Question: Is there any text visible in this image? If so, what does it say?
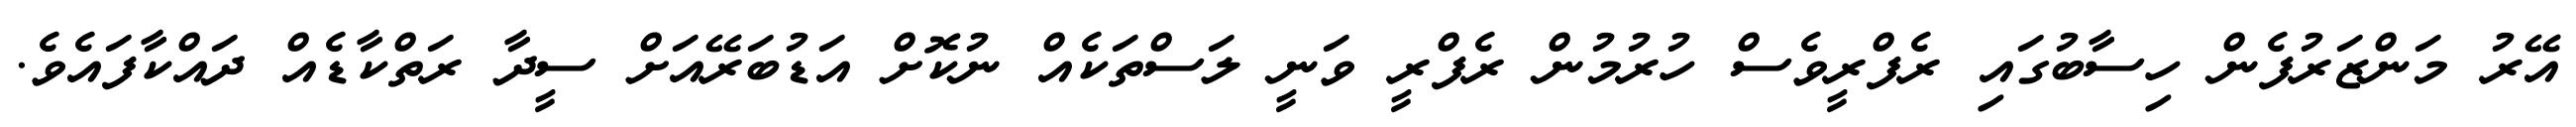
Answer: އޭރު މަންޒަރުފެން ހިސާބުގައި ރެފްރީވެސް ހުރުމުން ރެފްރީ ވަނީ ލަސްތަކެއް ނުކޮށް އަޑުބަރޭއަށް ސީދާ ރަތްކާޑެއް ދައްކާފައެވެ.